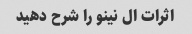
اثرات ال نینو را شرح دهید